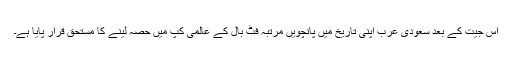
اس جیت کے بعد سعودی عرب اپنی تاریخ میں پانچویں مرتبہ فٹ بال کے عالمی کپ میں حصہ لینے کا مستحق قرار پایا ہے۔